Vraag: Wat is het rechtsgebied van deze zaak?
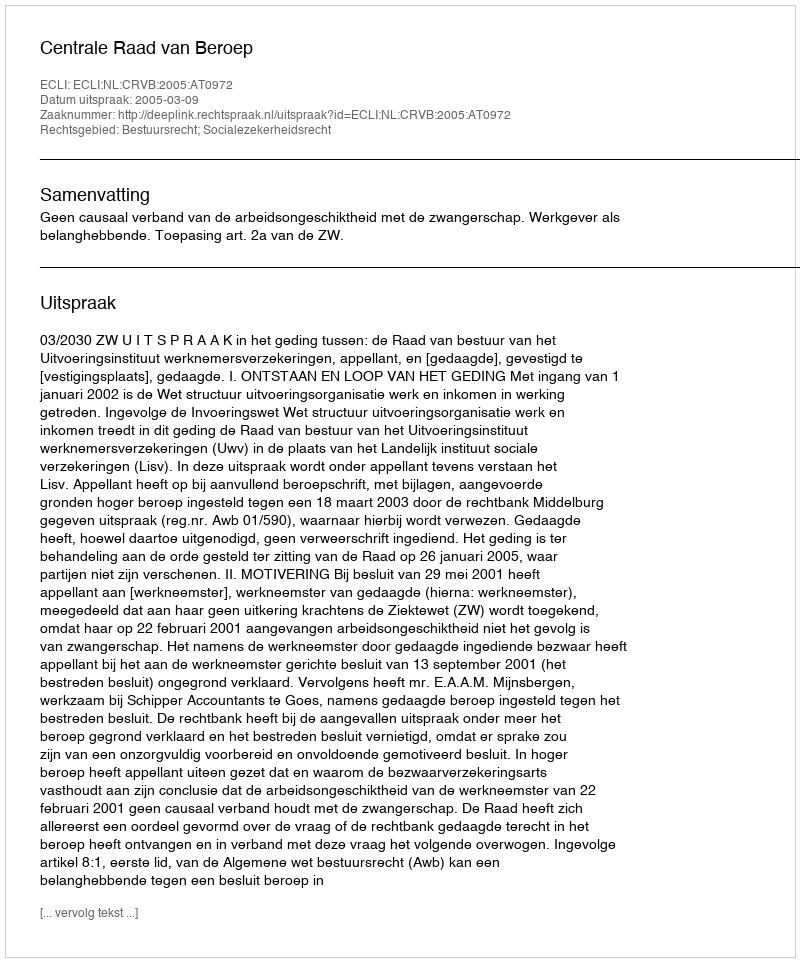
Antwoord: Bestuursrecht; Socialezekerheidsrecht